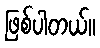
ဖြစ်ပါတယ်။